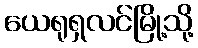
ယေရုရှလင်မြို့သို့